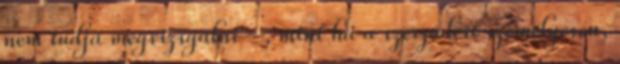
nem tudja megvizsgálni –, mint ha a szerződést személyesen,